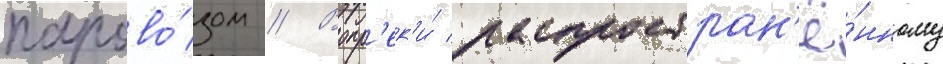
парово́зом // Вопр'ек'и́ распростран'ё́нному